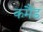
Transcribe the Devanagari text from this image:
कमैंड